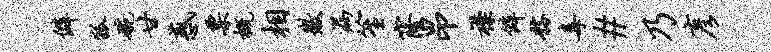
僻狐碗甘惑票概相徽漏笙窿昂襟僻髂毒#乃彦